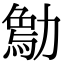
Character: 𠢰